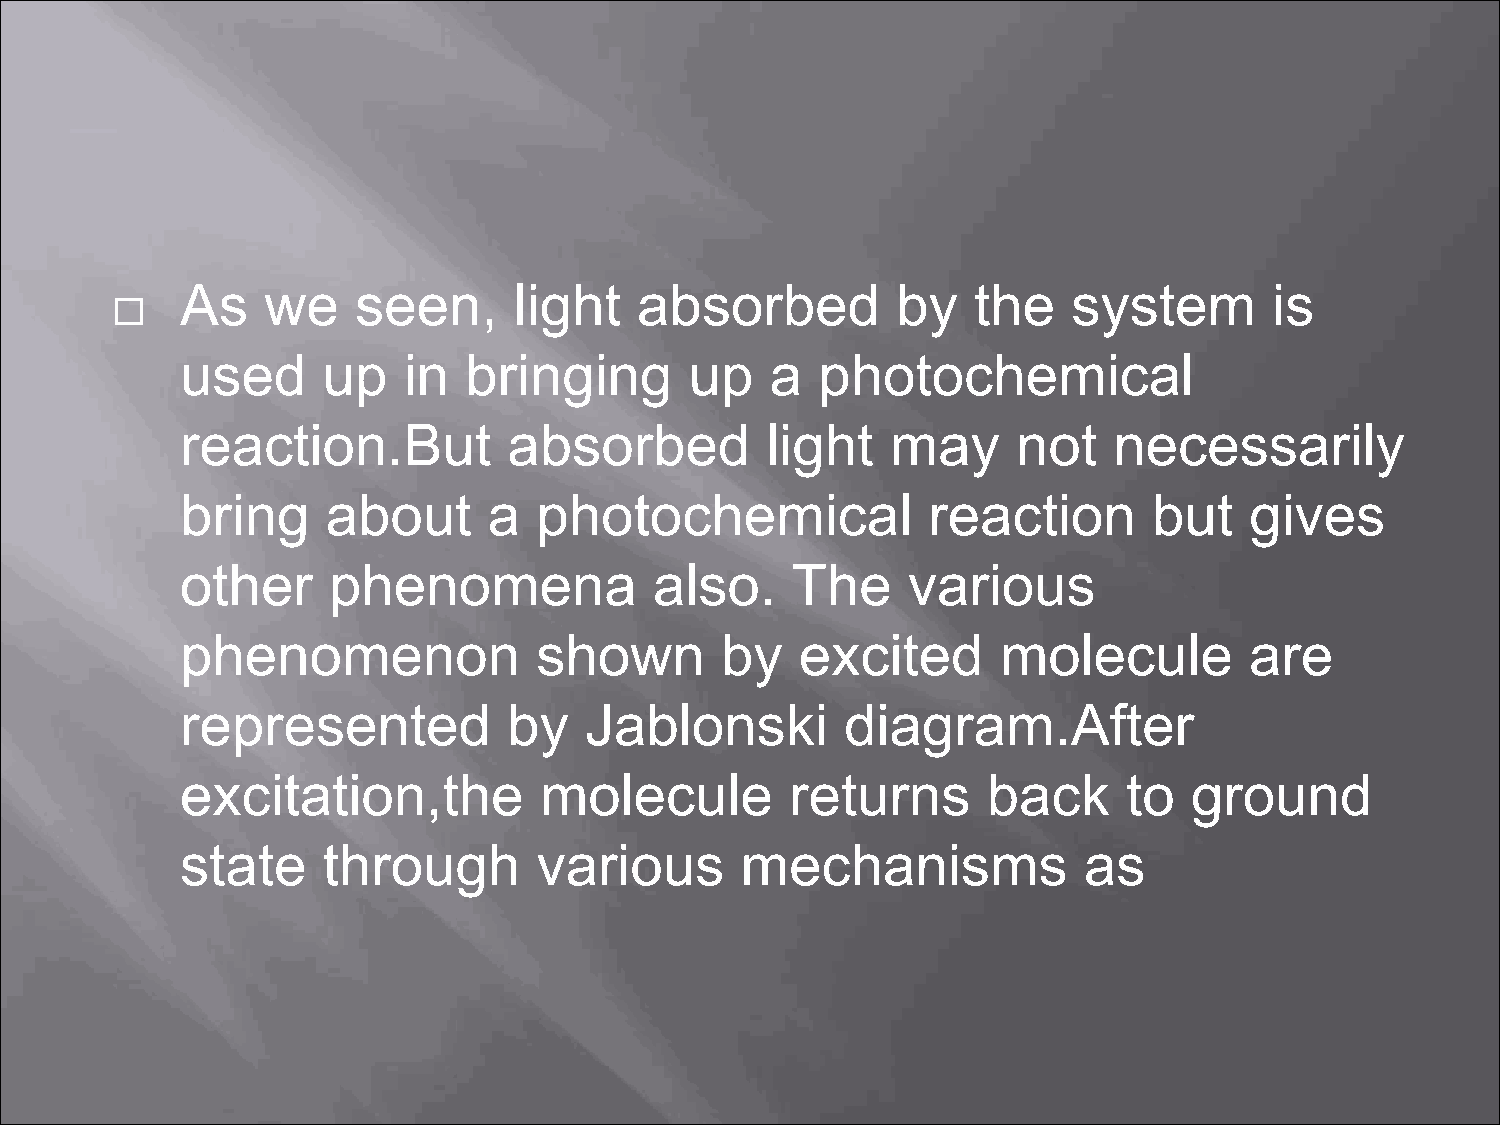
As    we    seen,     light   absorbed         by   the    system       is
 
 used     up    in  bringing       up   a  photochemical
 reaction.But          absorbed         light   may     not    necessarily
 bring     about     a   photochemical            reaction       but    gives
 other     phenomena            also.    The     various
 phenomenon              shown       by   excited      molecule         are
 represented           by   Jablonski        diagram.After
 excitation,the          molecule        returns      back      to  ground
 state    through        various      mechanisms             as